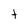
Character: t